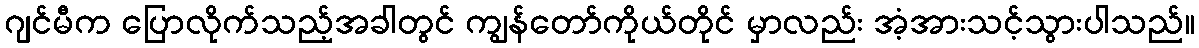
ဂျင်မီက ပြောလိုက်သည့်အခါတွင် ကျွန်တော်ကိုယ်တိုင် မှာလည်း အံ့အားသင့်သွားပါသည်။